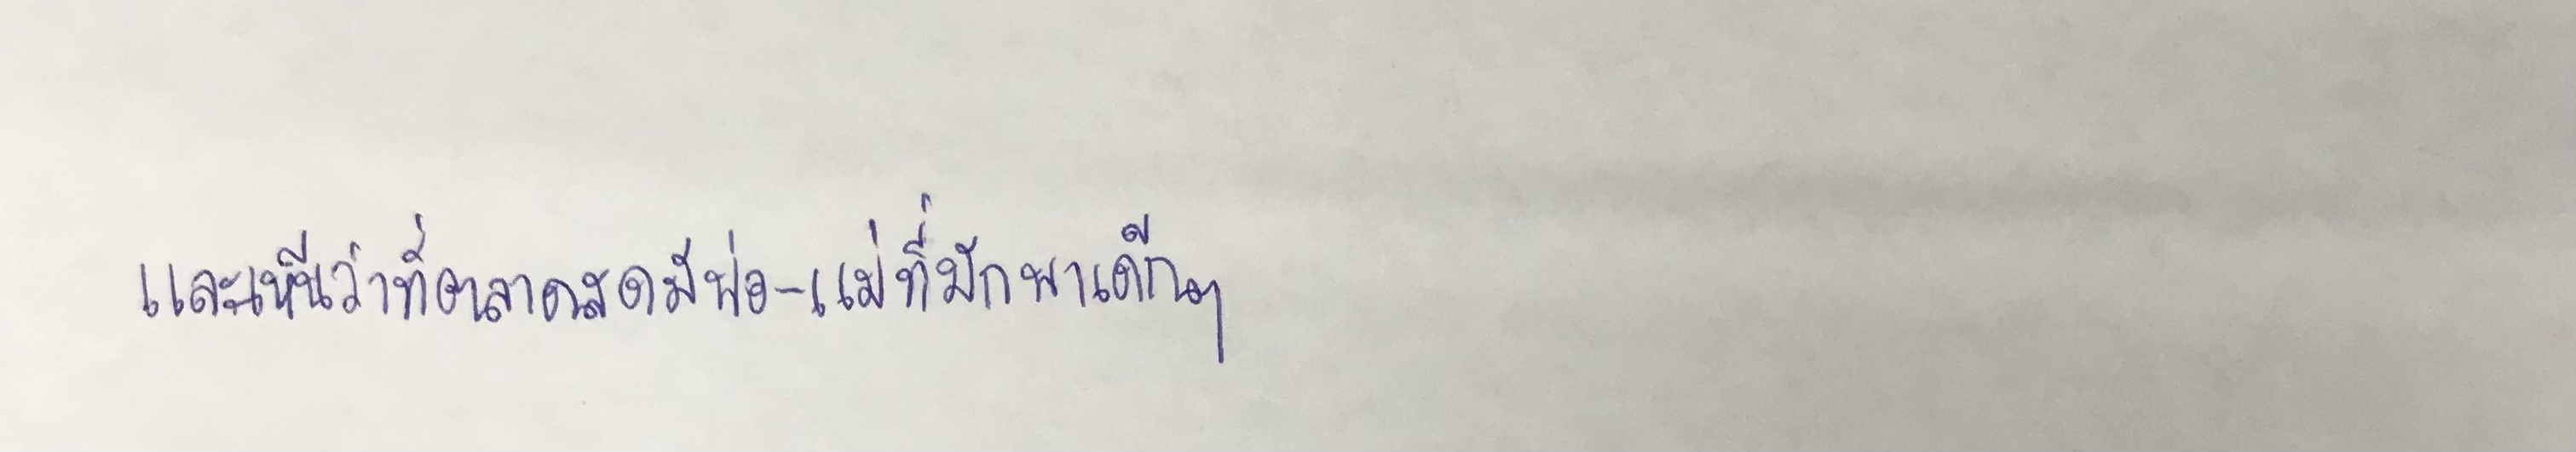
และเห็นว่าที่ตลาดสดมีพ่อ-แม่ที่มักพาเด็กๆ